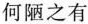
何陋之有